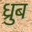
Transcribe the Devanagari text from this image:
ध्रुब